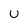
Character: u